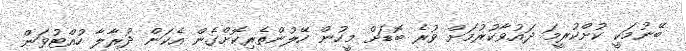
ބޭނުމަކީ ކުށްކުރީމަ ދައުވާކުރުމަށް ވުރެ ބޮޑަށް މީހުން ހޭލުންތެރިކޮށްގެން އެކަން ދުރާލާ ހުއްޓުވަން